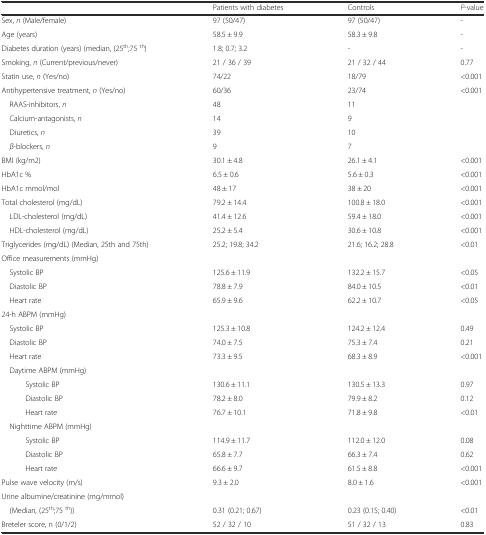
<table><thead><tr><td></td><td><b>Patients with diabetes</b></td><td><b>Controls</b></td><td><b><i>P</i>-value</b></td></tr></thead><tbody><tr><td>Sex, <i>n</i> (Male/female)</td><td>97 (50/47)</td><td>97 (50/47)</td><td>-</td></tr><tr><td>Age (years)</td><td>58.5 ± 9.9</td><td>58.3 ± 9.8</td><td>-</td></tr><tr><td>Diabetes duration (years) (median, (25<sup>th</sup>;75 <sup>th</sup>)</td><td>1.8; 0.7; 3.2</td><td>-</td><td>-</td></tr><tr><td>Smoking, <i>n</i> (Current/previous/never)</td><td>21 / 36 / 39</td><td>21 / 32 / 44</td><td>0.77</td></tr><tr><td>Statin use, <i>n</i> (Yes/no)</td><td>74/22</td><td>18/79</td><td>&lt;0.001</td></tr><tr><td>Antihypertensive treatment, <i>n</i> (Yes/no)</td><td>60/36</td><td>23/74</td><td>&lt;0.001</td></tr><tr><td> RAAS-inhibitors, <i>n</i></td><td>48</td><td>11</td><td></td></tr><tr><td> Calcium-antagonists, <i>n</i></td><td>14</td><td>9</td><td></td></tr><tr><td> Diuretics, <i>n</i></td><td>39</td><td>10</td><td></td></tr><tr><td> <i>β</i>-blockers, <i>n</i></td><td>9</td><td>7</td><td></td></tr><tr><td>BMI (kg/m2)</td><td>30.1 ± 4.8</td><td>26.1 ± 4.1</td><td>&lt;0.001</td></tr><tr><td>HbA1c %</td><td>6.5 ± 0.6</td><td>5.6 ± 0.3</td><td>&lt;0.001</td></tr><tr><td>HbA1c mmol/mol</td><td>48 ± 17</td><td>38 ± 20</td><td>&lt;0.001</td></tr><tr><td>Total cholesterol (mg/dL)</td><td>79.2 ± 14.4</td><td>100.8 ± 18.0</td><td>&lt;0.001</td></tr><tr><td> LDL-cholesterol (mg/dL)</td><td>41.4 ± 12.6</td><td>59.4 ± 18.0</td><td>&lt;0.001</td></tr><tr><td> HDL-cholesterol (mg/dL)</td><td>25.2 ± 5.4</td><td>30.6 ± 10.8</td><td>&lt;0.001</td></tr><tr><td>Triglycerides (mg/dL) (Median, 25th and 75th)</td><td>25.2; 19.8; 34.2</td><td>21.6; 16.2; 28.8</td><td>&lt;0.01</td></tr><tr><td>Office measurements (mmHg)</td><td></td><td></td><td></td></tr><tr><td> Systolic BP</td><td>125.6 ± 11.9</td><td>132.2 ± 15.7</td><td>&lt;0.05</td></tr><tr><td> Diastolic BP</td><td>78.8 ± 7.9</td><td>84.0 ± 10.5</td><td>&lt;0.01</td></tr><tr><td> Heart rate</td><td>65.9 ± 9.6</td><td>62.2 ± 10.7</td><td>&lt;0.05</td></tr><tr><td>24-h ABPM (mmHg)</td><td></td><td></td><td></td></tr><tr><td> Systolic BP</td><td>125.3 ± 10.8</td><td>124.2 ± 12.4</td><td>0.49</td></tr><tr><td> Diastolic BP</td><td>74.0 ± 7.5</td><td>75.3 ± 7.4</td><td>0.21</td></tr><tr><td> Heart rate</td><td>73.3 ± 9.5</td><td>68.3 ± 8.9</td><td>&lt;0.001</td></tr><tr><td> Daytime ABPM (mmHg)</td><td></td><td></td><td></td></tr><tr><td>Systolic BP</td><td>130.6 ± 11.1</td><td>130.5 ± 13.3</td><td>0.97</td></tr><tr><td>Diastolic BP</td><td>78.2 ± 8.0</td><td>79.9 ± 8.2</td><td>0.12</td></tr><tr><td>Heart rate</td><td>76.7 ± 10.1</td><td>71.8 ± 9.8</td><td>&lt;0.01</td></tr><tr><td> Nighttime ABPM (mmHg)</td><td></td><td></td><td></td></tr><tr><td>Systolic BP</td><td>114.9 ± 11.7</td><td>112.0 ± 12.0</td><td>0.08</td></tr><tr><td>Diastolic BP</td><td>65.8 ± 7.7</td><td>66.3 ± 7.4</td><td>0.62</td></tr><tr><td>Heart rate</td><td>66.6 ± 9.7</td><td>61.5 ± 8.8</td><td>&lt;0.001</td></tr><tr><td>Pulse wave velocity (m/s)</td><td>9.3 ± 2.0</td><td>8.0 ± 1.6</td><td>&lt;0.001</td></tr><tr><td>Urine albumine/creatinine (mg/mmol)</td><td></td><td></td><td></td></tr><tr><td> (Median, (25<sup>th</sup>;75 <sup>th</sup>))</td><td>0.31 (0.21; 0.67)</td><td>0.23 (0.15; 0.40)</td><td>&lt;0.01</td></tr><tr><td>Breteler score, n (0/1/2)</td><td>52 / 32 / 10</td><td>51 / 32 / 13</td><td>0.83</td></tr></tbody></table>